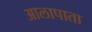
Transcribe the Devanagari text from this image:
आलापाता